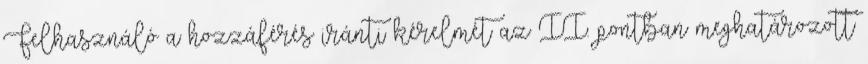
Felhasználó a hozzáférés iránti kérelmét az II. pontban meghatározott